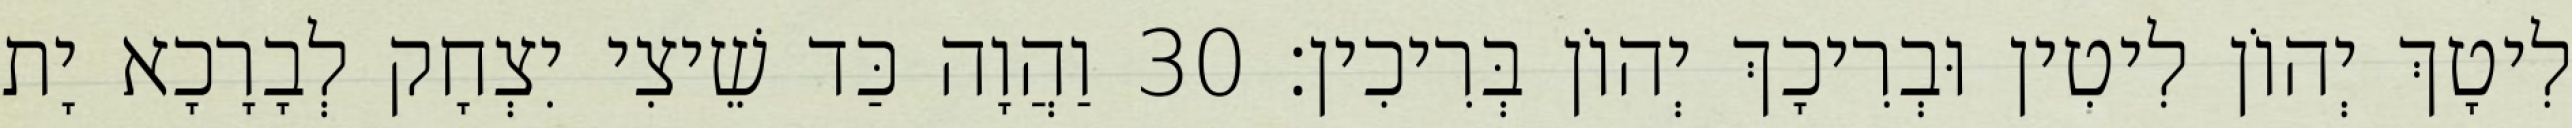
לִיטָךְ יְהוֹן לִיטִין וּבְרִיכָךְ יְהוֹן בְּרִיכִין׃ 30 וַהֲוָה כַּד שֵׁיצִי יִצְחָק לְבָרָכָא יָת